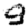
Digit: 9